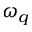
\omega _ { q }